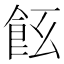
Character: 𩚞